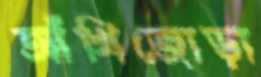
আঁখিজোড়া